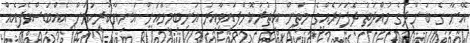
އޭނާ ގެ ބަންދުގެ މުއްދަތު ދެފަހަރެއްގެ މަތިން އިތުރުކޮށްފައިވާއިރު އަނބިމީހާއަށް އަނިޔާކުރިކަމަށް އެއްބަސްވެފައެއް